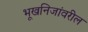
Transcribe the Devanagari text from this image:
भूखनिजांवरील